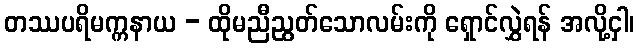
တဿပရိမက္ကနာယ - ထိုမညီညွတ်သောလမ်းကို ရှောင်လွှဲရန် အလို့ငှါ၊